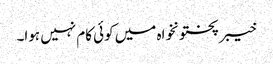
خیبر پختونخواہ میں کوئی کام نہیں ہوا۔